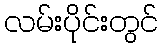
လမ်းပိုင်းတွင်